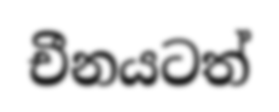
චීනයටත්